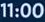
11:00